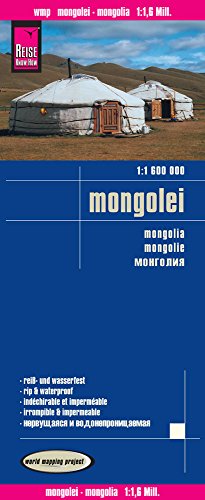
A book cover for Mongolei = Mongolia = Mongolie; Reise Know-How Verlag; Travel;